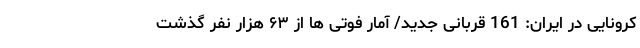
کرونایی در ایران: 161 قربانی جدید/ آمار فوتی ها از ۶۳ هزار نفر گذشت